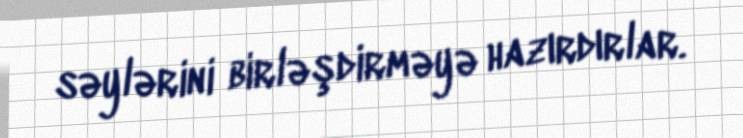
səylərini birləşdirməyə hazırdırlar.